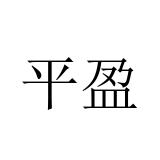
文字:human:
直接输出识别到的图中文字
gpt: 平盈